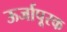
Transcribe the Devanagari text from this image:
ऊर्जापूरक